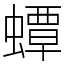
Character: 蟫